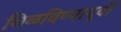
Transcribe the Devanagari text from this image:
मिळविण्यापूर्वी